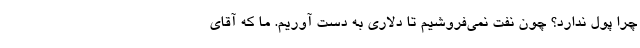
چرا پول ندارد؟ چون نفت نمی‌فروشیم تا دلاری به دست آوریم. ما که آقای